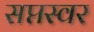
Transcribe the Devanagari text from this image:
सप्तस्वर